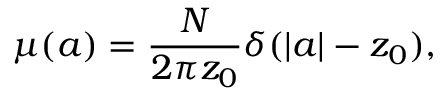
\mu ( a ) = \frac { N } { 2 \pi z _ { 0 } } \delta ( | a | - z _ { 0 } ) ,